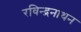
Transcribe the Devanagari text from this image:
रविन्द्रनाथन